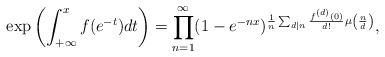
LaTeX: \begin{align*}\exp\left(\int^{x}_{+\infty}f(e^{-t})dt\right)=\prod^{\infty}_{n=1}(1-e^{-nx})^{\frac{1}{n}\sum_{d|n}\frac{f^{(d)}(0)}{d!}\mu\left(\frac{n}{d}\right)},\end{align*}